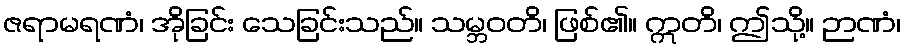
ဇရာမရဏံ၊ အိုခြင်း သေခြင်းသည်။ သမ္ဘဝတိ၊ ဖြစ်၏။ ဣတိ၊ ဤသို့။ ဉာဏံ၊